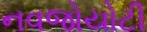
નવજોયોટી